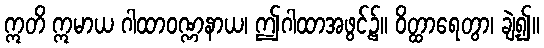
ဣတိ ဣမာယ ဂါထာဝဏ္ဏနာယ၊ ဤဂါထာအဖွင့်၌။ ဝိတ္ထာရေတွာ၊ ချဲ့၍။